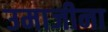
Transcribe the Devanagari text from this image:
उमाजीना